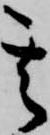
其